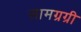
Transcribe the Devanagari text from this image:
सामग्रग्री